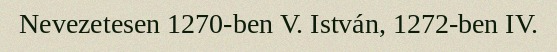
Nevezetesen 1270-ben V. István, 1272-ben IV.